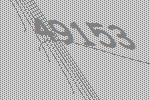
49153